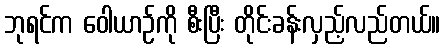
ဘုရင်က ဝေါယာဉ်ကို စီးပြီး တိုင်းခန်းလှည့်လည်တယ်။